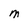
Character: M